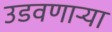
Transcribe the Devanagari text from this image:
उडवणाऱ्या